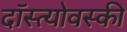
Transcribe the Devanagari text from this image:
दॉस्त्योवस्की